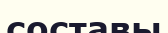
составы